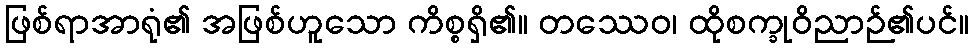
ဖြစ်ရာအာရုံ၏ အဖြစ်ဟူသော ကိစ္စရှိ၏။ တဿေဝ၊ ထိုစက္ခုဝိညာဉ်၏ပင်။